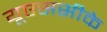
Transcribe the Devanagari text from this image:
यूएससीके